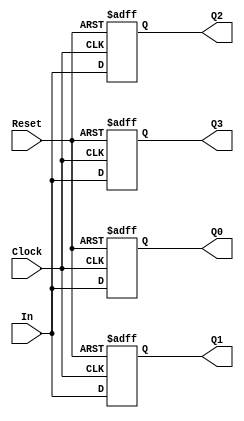
/*
Prtica Registrador
Alunos: Alexandre Roque, Henrique Coelho, Vitor Santana
Disciplina: Sistemas Digitais
Professora: Mara Coelho
*/

module registrador(Clock, Reset, In, Q0,Q1,Q2,Q3);

	input Clock, Reset, In;
	output reg Q0,Q1,Q2,Q3;
	
	always@(posedge Reset or posedge Clock)
	begin
			if(Reset)
				begin
					Q3 = 1'b0;
					Q2 = 1'b0;
					Q1 = 1'b0;
					Q0 = 1'b0;
				end //if
			else
			begin
				Q3 = In;
				Q2 = Q3;
				Q1 = Q2;
				Q0 = Q1;
			end //else
	end //always
	
endmodule